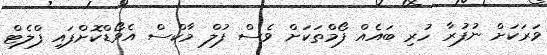
ވަރަކަށް ނުފުރާ ހުރި ބައެއް ފޯމްތަކަށް ވެސް ފުލް މާކްސް އެވޯޑްކޮށްފައި ފްލެޓް